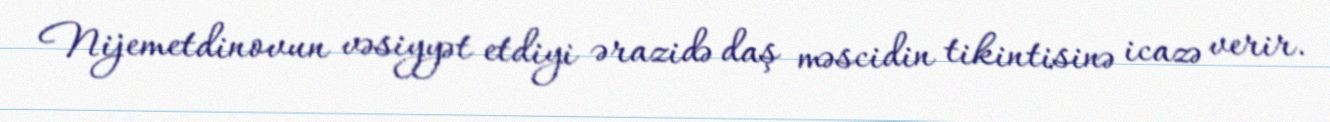
Nijemetdinovun vəsiyyət etdiyi ərazidə daş məscidin tikintisinə icazə verir.